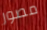
مصور